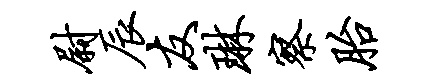
尉辰友琳察胎